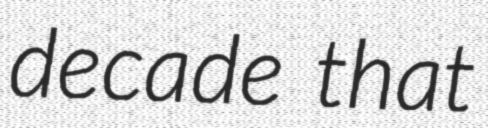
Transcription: decade that